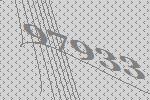
97933